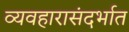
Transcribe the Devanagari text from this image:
व्यवहारासंदर्भात